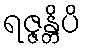
ရဇ္ဇန္တိပိ